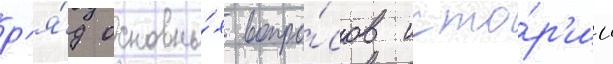
р'я́д основны́х вопро́сов исто́р'ии